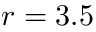
r = 3 . 5